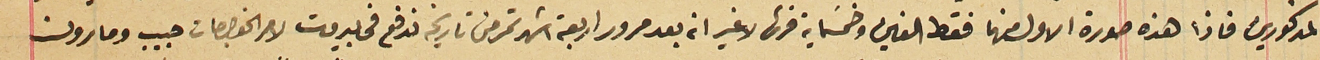
المذكورين فاذا هذه صورة الاول منها فقط الفين وخمسَماية قرش لا غير انه بعد مرور اربعة اشهر تمر من تاريخه فدفع فى بيروت لامر الخواجات حبيب ومارون